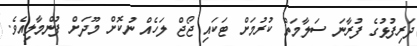
ދަރިފުޅުގެ ފުރާނަ ސަލާމަތް ކުރުމަށް ޓަކައި ޖޯޖް ލަހެއް ނުކޮށް މޫދަށް ފުންމާލިއެވެ.